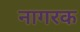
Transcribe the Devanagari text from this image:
नागरक